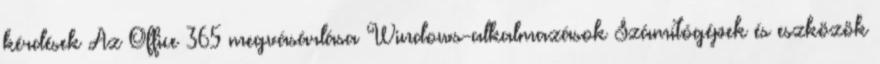
kérdések Az Office 365 megvásárlása Windows-alkalmazások Számítógépek és eszközök